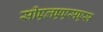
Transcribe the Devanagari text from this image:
सीएलएएसएस